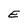
Character: E